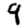
Digit: 9